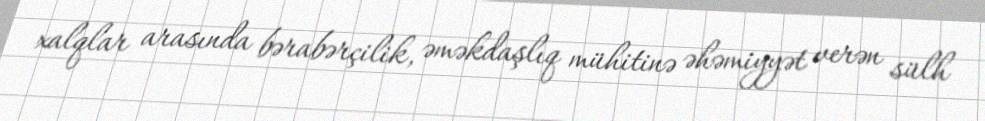
xalqlar arasında bərabərçilik, əməkdaşlıq mühitinə əhəmiyyət verən sülh